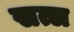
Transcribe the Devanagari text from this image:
सत्ल